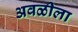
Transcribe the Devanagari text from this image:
अवळीला